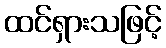
ထင်ရှားသဖြင့်